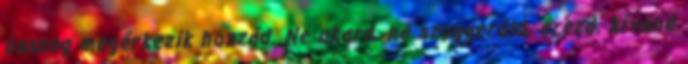
összeg megérkezik hozzád. Ne akard, ne szuggeráld, érezd, kívánd